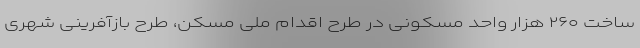
ساخت ۲۶۰ هزار واحد مسکونی در طرح اقدام ملی مسکن، طرح بازآفرینی شهری